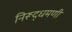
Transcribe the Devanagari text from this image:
निरूद्धमणी